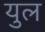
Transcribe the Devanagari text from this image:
युल